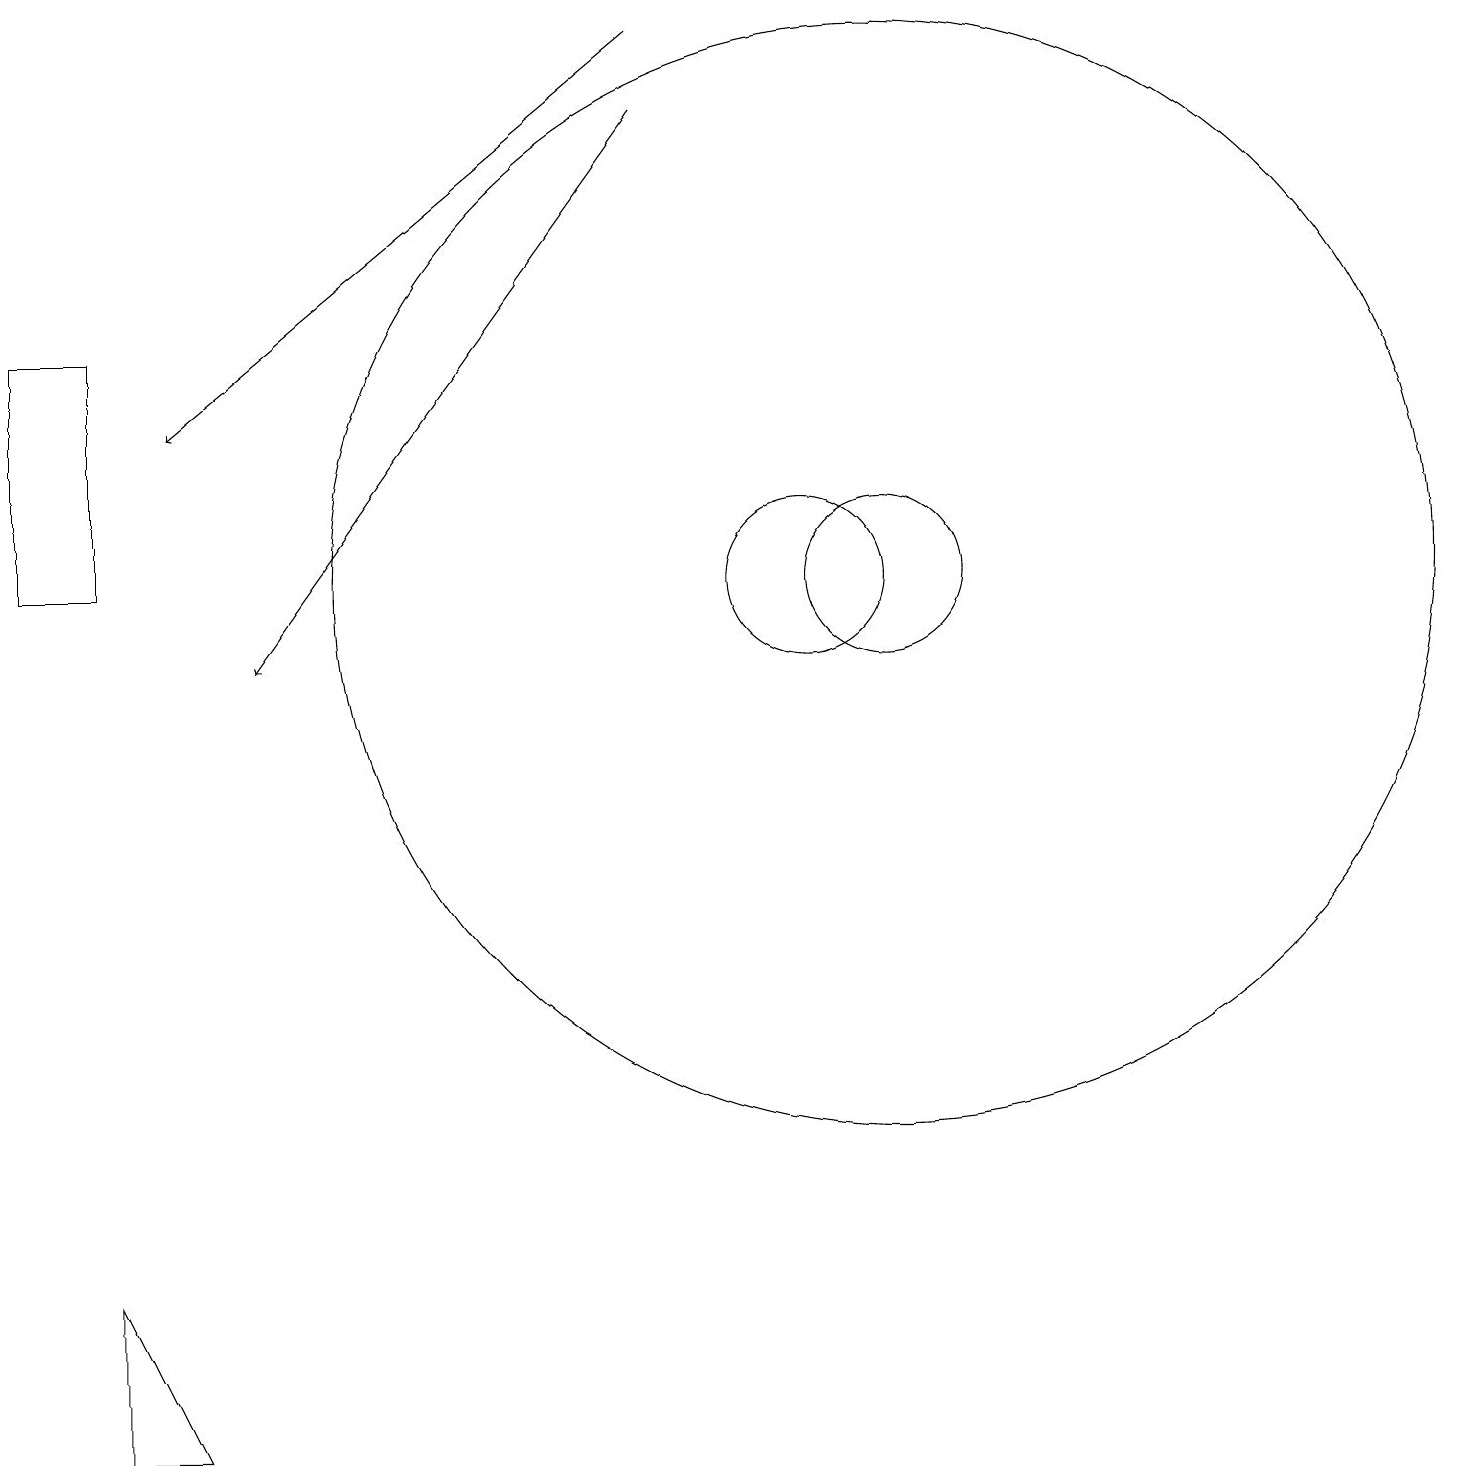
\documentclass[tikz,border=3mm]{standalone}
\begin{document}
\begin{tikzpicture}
\draw (1,14) rectangle (0,11);
\draw (10,11) circle (1);
\draw (11,11) circle (1);
\draw (11,10) circle (0);
\draw (1,0) -- (1,2) -- (2,0) -- cycle;
\draw[->] (8,18) -- (2,13);
\draw (11,11) circle (7);
\draw[->] (8,17) -- (3,10);
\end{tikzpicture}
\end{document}